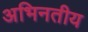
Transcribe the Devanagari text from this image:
अभिनतीय